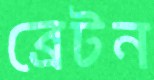
ব্রেটন